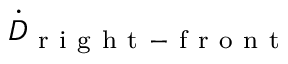
\dot { D } _ { \mathrm { ~ r ~ i ~ g ~ h ~ t ~ - ~ f ~ r ~ o ~ n ~ t ~ } }